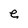
Character: e